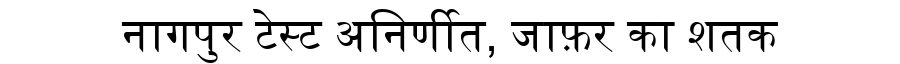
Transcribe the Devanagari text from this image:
नागपुर टेस्ट अनिर्णीत, जाफ़र का शतक